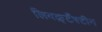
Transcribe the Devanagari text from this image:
लियक़्टँस्टीन